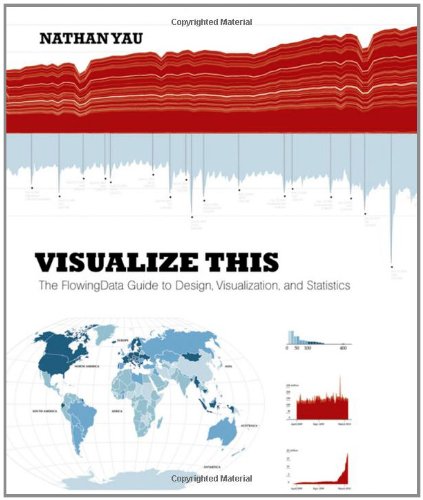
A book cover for Visualize This: The FlowingData Guide to Design, Visualization, and Statistics; Nathan Yau; Computers & Technology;